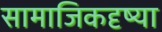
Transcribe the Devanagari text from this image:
सामाजिकदृष्या